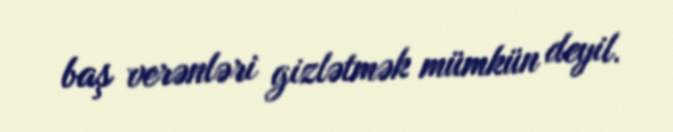
baş verənləri gizlətmək mümkün deyil.